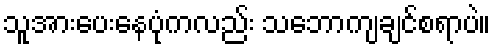
သူအားပေးနေပုံကလည်း သဘောကျချင်စရာပဲ။